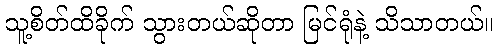
သူ့စိတ်ထိခိုက် သွားတယ်ဆိုတာ မြင်ရုံနဲ့ သိသာတယ်။